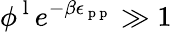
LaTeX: \phi^{\mathrm{~l~}}e^{-\beta\epsilon_{\mathrm{~p~p~}}}\gg 1